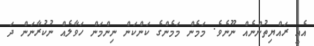
އެއީ ރައްޔިތުންނެއް ނޫނެވެ. މަމެން މަމެންގެ ކަންކަން ނިންމަން ހަވާލެއް ނުކުރާނަން ދަ